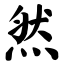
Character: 然